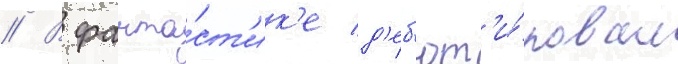
// В фанта́ст'ик'е д'еб'ют'и́ровал